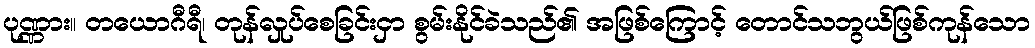
ပုဏ္ဏား။ တယောဂီရီ၊ တုန်လှုပ်စေခြင်းငှာ စွမ်းနိုင်ခဲသည်၏ အဖြစ်ကြောင့် တောင်သဘွယ်ဖြစ်ကုန်သော